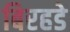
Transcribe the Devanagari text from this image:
बिरहडे